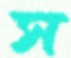
স